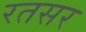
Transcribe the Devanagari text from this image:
रतसर